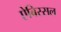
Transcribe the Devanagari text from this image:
ऐबिस्सल